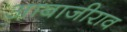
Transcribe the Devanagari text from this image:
आबाजीराव